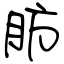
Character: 肪